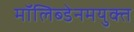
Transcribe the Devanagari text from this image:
मॉलिब्डेनमयुक्त